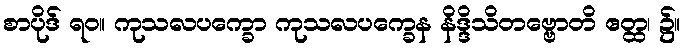
စာပိုဒ် ရဝ။ ကုသလပက္ခော ကုသလပက္ခေန နိဒ္ဒိသိတဗ္ဗောတိ ဧတ္ထ၊ ၌။